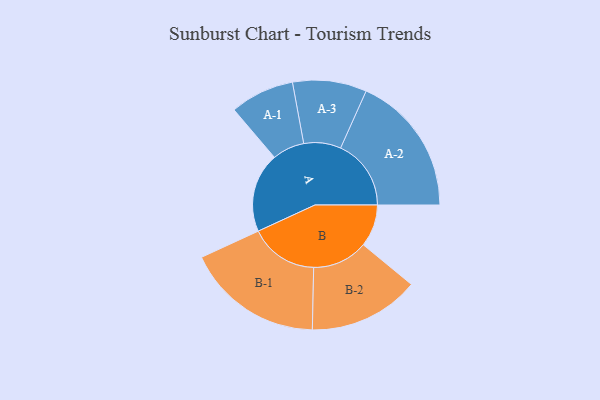
{"axis": {"x": "Segment", "y": "Value"}, "legend": ["", "A", "B"], "data": [{"x": "A", "y": 290, "type": ""}, {"x": "B", "y": 154, "type": ""}, {"x": "A-1", "y": 117, "type": "A"}, {"x": "A-2", "y": 257, "type": "A"}, {"x": "A-3", "y": 135, "type": "A"}, {"x": "B-1", "y": 250, "type": "B"}, {"x": "B-2", "y": 202, "type": "B"}]}